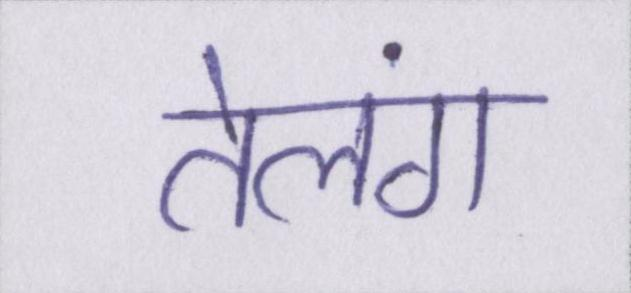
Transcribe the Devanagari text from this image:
तेलंग